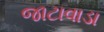
જાટાવાડા